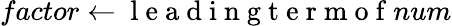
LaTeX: factor\gets\mathrm{~l~e~a~d~i~n~g~t~e~r~m~o~f~}num